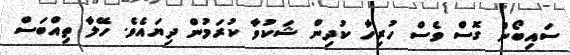
ސައިބޯން ގޮސް ވެސް ހުރިހާ ކުދިން ޝަކުވާ ކުރަމުން ދިޔައެވެ. ހޭލާ ތިއްބަސް